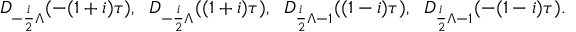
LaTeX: D _ { - \frac { i } { 2 } \Lambda } ( - ( 1 + i ) \tau ) , \; \; D _ { - \frac { i } { 2 } \Lambda } ( ( 1 + i ) \tau ) , \; \; D _ { \frac { i } { 2 } \Lambda - 1 } ( ( 1 - i ) \tau ) , \; \; D _ { \frac { i } { 2 } \Lambda - 1 } ( - ( 1 - i ) \tau ) .